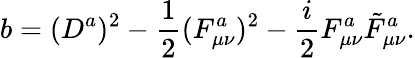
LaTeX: b=(D^{a})^{2}-\frac{1}{2}(F_{\mu\nu}^{a})^{2}-\frac{i}{2}F_{\mu\nu}^{a}\tilde{F}_{\mu\nu}^{a}.